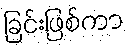
ခြင်းဖြစ်ကာ